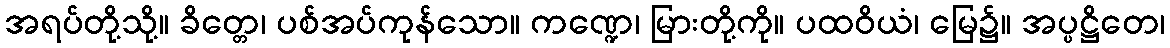
အရပ်တို့သို့။ ခိတ္တေ၊ ပစ်အပ်ကုန်သော။ ကဏ္ဍေ၊ မြားတို့ကို။ ပထဝိယံ၊ မြေ၌။ အပ္ပဋ္ဌိတေ၊